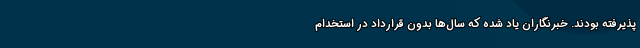
پذیرفته‌ بودند. خبرنگاران یاد شده که سال‌ها بدون قرارداد در استخدام